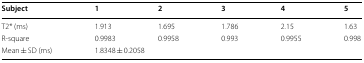
<table><thead><tr><td><b>Subject</b></td><td><b>1</b></td><td><b>2</b></td><td><b>3</b></td><td><b>4</b></td><td><b>5</b></td></tr></thead><tbody><tr><td>T2* (ms)</td><td>1.913</td><td>1.695</td><td>1.786</td><td>2.15</td><td>1.63</td></tr><tr><td>R-square</td><td>0.9983</td><td>0.9958</td><td>0.993</td><td>0.9955</td><td>0.998</td></tr><tr><td>Mean ± SD (ms)</td><td colspan="5">1.8348 ± 0.2058</td></tr></tbody></table>